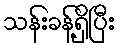
သန်းခန့်ရှိပြီး